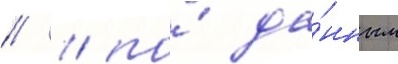
// / по́ да́нным